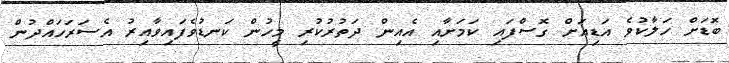
ބޮޑަށް ހަލާކުވެ އަޑިއަށް ގޮސްފައި ކަމަށާއި އެއިން ދަތުރުކުރި މީހުން ކަނޑުވެފައިވާއިރު އެސަރަހައްދުން